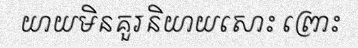
យាយមិនគួរនិយាយសោះ ព្រោះ